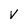
Character: V